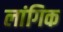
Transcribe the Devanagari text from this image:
लांगिक